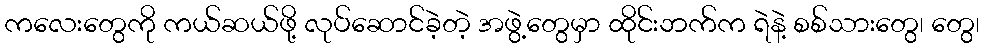
ကလေးတွေကို ကယ်ဆယ်ဖို့ လုပ်ဆောင်ခဲ့တဲ့ အဖွဲ့တွေမှာ ထိုင်းဘက်က ရဲနဲ့ စစ်သားတွေ၊ တွေ၊